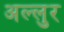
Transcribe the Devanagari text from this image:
अल्लुर